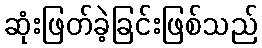
ဆုံးဖြတ်ခဲ့ခြင်းဖြစ်သည်